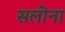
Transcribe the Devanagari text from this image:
सलोना